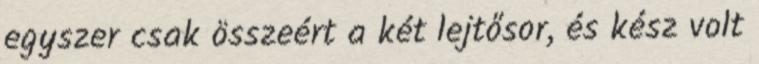
egyszer csak összeért a két lejtősor, és kész volt